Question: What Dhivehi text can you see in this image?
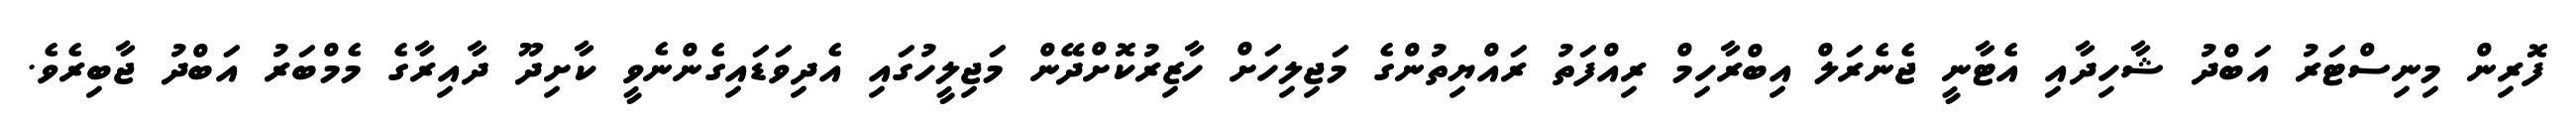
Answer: ފޮރިން މިނިސްޓަރު އަބްދު ޝާހިދާއި އެޓާނީ ޖެނެރަލް އިބްރާހިމް ރިއްފަތު ރައްޔިތުންގެ މަޖިލިހަށް ހާޒިރުކޮށްދޭން މަޖިލީހުގައި އެދިވަޑައިގެންނެވީ ކާށިދޫ ދާއިރާގެ މެމްބަރު އަބްދު ޖާބިރެވެ.